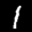
Label: 1